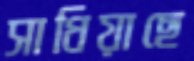
সাধিয়াছে